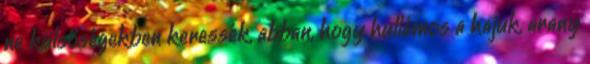
ne külsőségekben keressék, abban, hogy hullámos a hajuk, arany